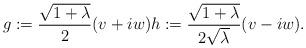
LaTeX: \begin{align*}g:=\frac{\sqrt{1+\lambda}}{2}(v+iw)h:= \frac{\sqrt{1+\lambda}}{2\sqrt{\lambda}} (v-iw).\end{align*}